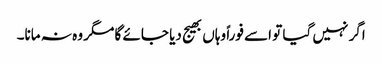
اگر نہیں گیا تو اسے فوراً وہاں بھیج دیا جائے گا مگر وہ نہ مانا۔